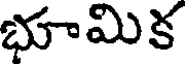
భూమిక